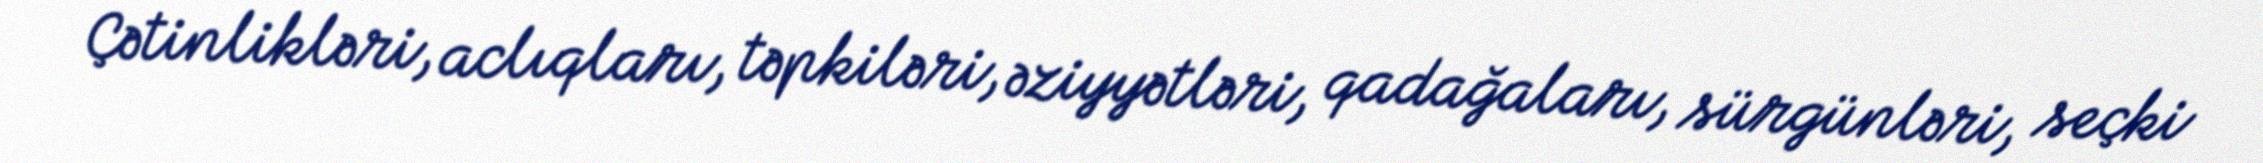
Çətinlikləri, aclıqları, təpkiləri, əziyyətləri, qadağaları, sürgünləri, seçki